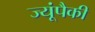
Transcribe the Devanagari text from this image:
ज्यूंपैकी